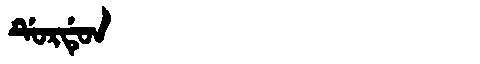
Manchu: ᡩᡠᡵᡩᡠᠨ
Romanization: DURDUN